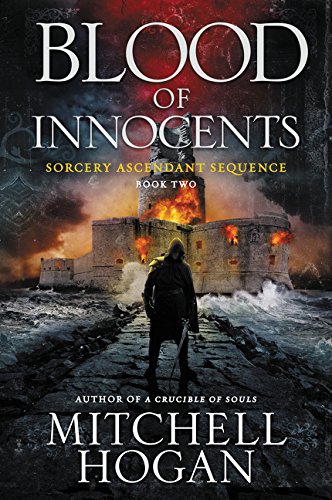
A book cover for Blood of Innocents (Sorcery Ascendant); Mitchell Hogan; Science Fiction & Fantasy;